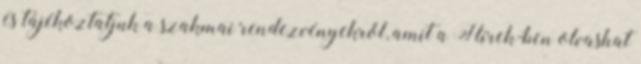
és tájékoztatjuk a szakmai rendezvényekről, amit a Hírek-ben olvashat